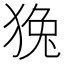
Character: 𤟛